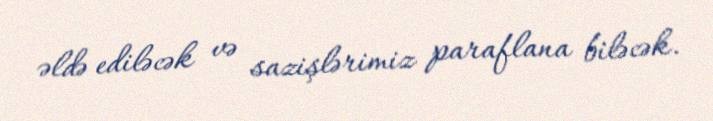
əldə ediləcək və sazişlərimiz paraflana biləcək.